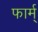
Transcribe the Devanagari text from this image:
फार्म्